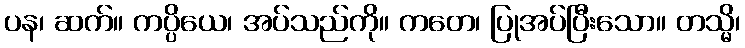
ပန၊ ဆက်။ ကပ္ပိယေ၊ အပ်သည်ကို။ ကတေ၊ ပြုအပ်ပြီးသော။ တသ္မိ၊